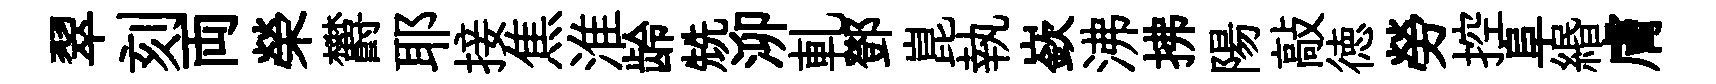
翠刻両榮欝耶接焦淮龄兟泖軋鄧崑執嶔沸拂陽敲徳勞控阜緡膚